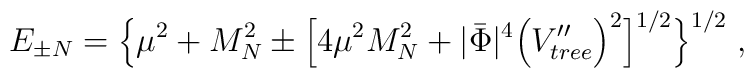
E_{\pm N}=\Big\lbrace \mu^2+M_N^2\pm\Big\lbrack           4\mu^2M_N^2+|\bar{\Phi}|^4\Big(V_{tree}''\Big)^2\Big\rbrack^{1/2}            \Big\rbrace^{1/2}\;,